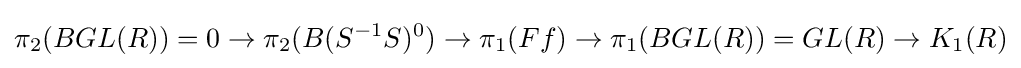
\pi _{2}(BGL(R))=0\to \pi _{2}(B(S^{-1}S)^{0})\to \pi _{1}(Ff)\to \pi _{1}(BGL(R))=GL(R)\to K_{1}(R)